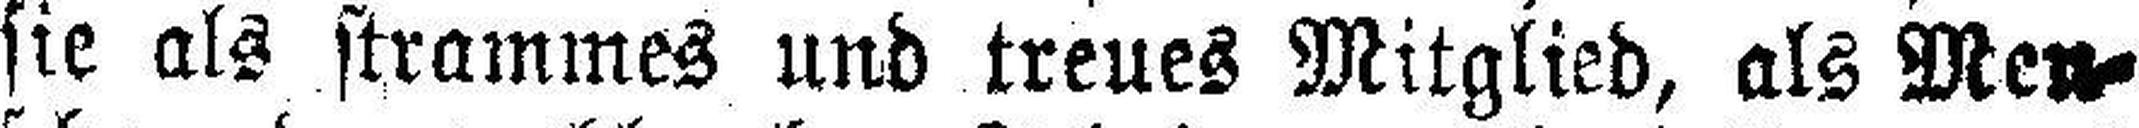
sie als strammes und treues Mitglied, als Men¬